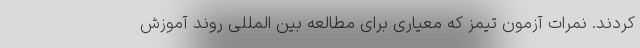
کردند. نمرات آزمون تیمز که معیاری برای مطالعه بین المللی روند آموزش